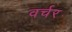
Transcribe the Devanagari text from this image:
वर्चर